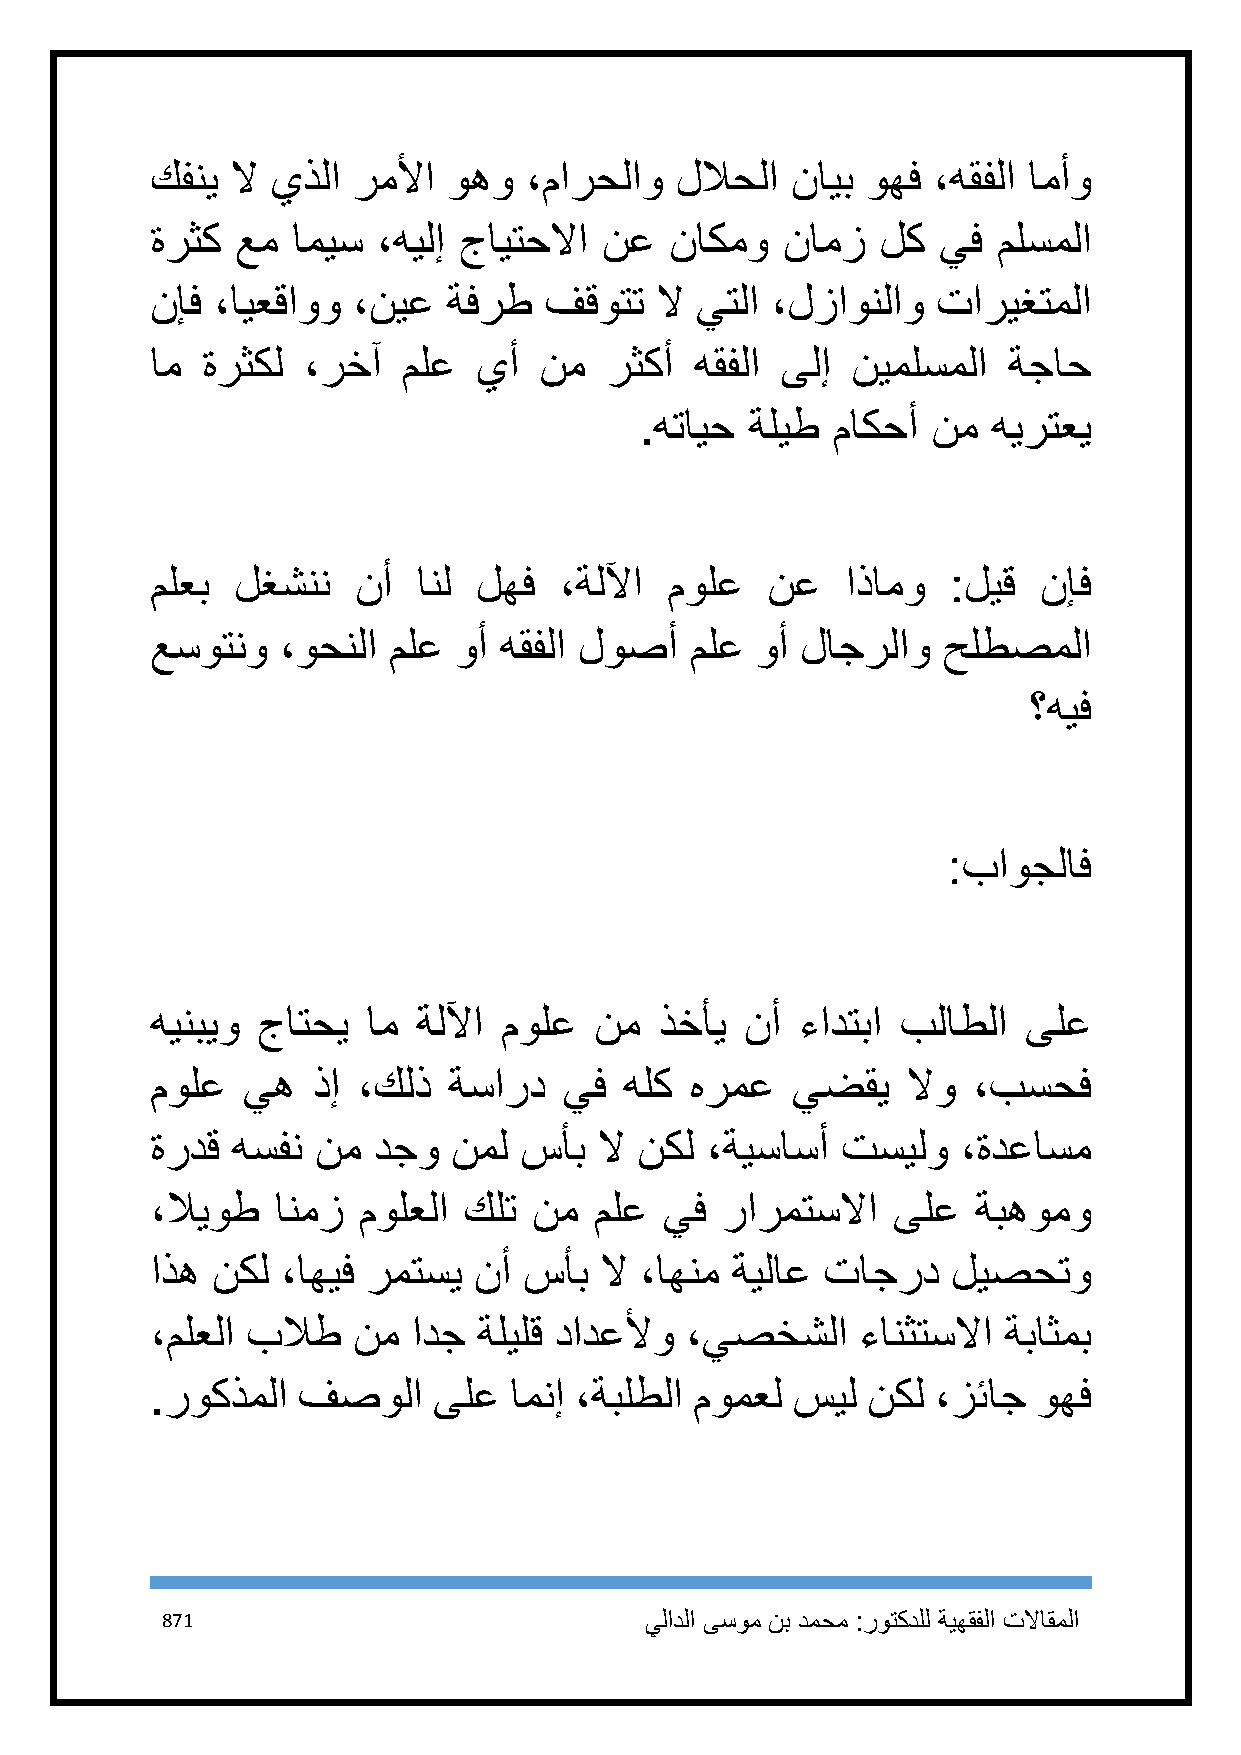
كفني لا يذلا رملأا  وهو  ،مارحلاو  للاحلا نايب وهف  ،هقفلا امأو
 ةرثك  عم اميس  ،هيلإ جايتحلاا نع  ناكمو   نامز  لك  يف  ملسملا
 نإف ،ايعقاوو ،نيع   ةفرط  فقوتت  لا يتلا ،لزاونلاو  تاريغتملا
 ام ةرثكل  ،رخآ   ملع  يأ  نم  رثكأ  هقفلا ىلإ نيملسملا   ةجاح
 .هتايح  ةليط ماكحأ  نم  هيرتعي
 ملعب  لغشنن   نأ  انل لهف  ،ةللآا مولع   نع   اذامو  :ليق  نإف
 عسوتنو   ،وحنلا ملع وأ هقفلا لوصأ   ملع وأ لاجرلاو  حلطصملا
 ؟هيف
 :باوجلاف
 هينبيو جاتحي  ام  ةللآا مولع نم   ذخأي نأ  ءادتبا بلاطلا  ىلع
 مولع  يه   ذإ ،كلذ  ةسارد  يف  هلك  هرمع  يضقي    لاو ،بسحف
 ةردق هسفن  نم  دجو  نمل سأب   لا نكل ،ةيساسأ  تسيلو   ،ةدعاسم
 ،لايوط  انمز  مولعلا كلت نم  ملع  يف  رارمتسلاا  ىلع   ةبهومو
 اذه نكل  ،اهيف رمتسي نأ  سأب  لا ،اهنم ةيلاع تاجرد   ليصحتو
 ،ملعلا بلاط  نم  ادج  ةليلق دادعلأو ،يصخشلا    ءانثتسلاا ةباثمب
 .روكذملا  فصولا    ىلع  امنإ ،ةبلطلا مومعل سيل نكل  ،زئاج  وهف
 871                             يلادلا ىسوم نب دمحم :روتكدلل ةيهقفلا تلااقملا